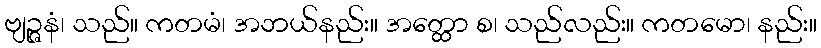
ဗျဉ္ဇနံ၊ သည်။ ကတမံ၊ အဘယ်နည်း။ အတ္ထော စ၊ သည်လည်း။ ကတမော၊ နည်း။